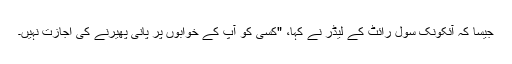
جیسا کہ آئکونک سول رائٹ کے لیڈر نے کہا، "کسی کو آپ کے خوابوں پر پانی پھیرنے کی اجازت نہیں۔